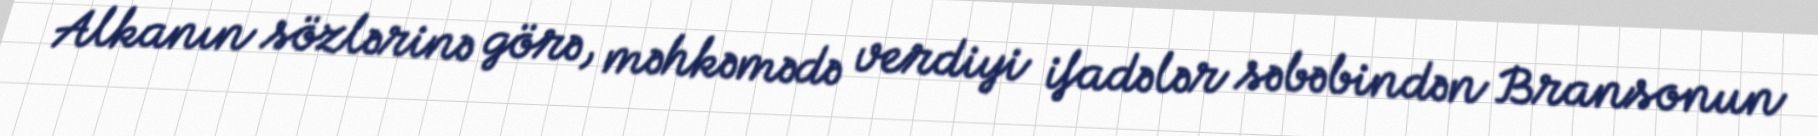
Alkanın sözlərinə görə, məhkəmədə verdiyi ifadələr səbəbindən Bransonun